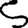
Digit: 5